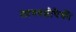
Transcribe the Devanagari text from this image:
लागवडीपैकी